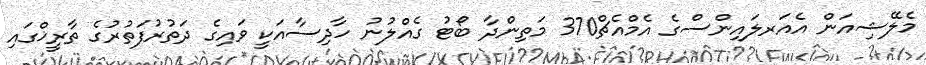
މެލޭޝިއަން އެއަރލައިންސްގެ އެމްއެޗް370 މަތިންދާ ބޯޓު ގެއްލުނު ހާދިސާއަކީ ވައިގެ ދަތުރުފަތުރުގެ ތާރީޚްގައި